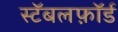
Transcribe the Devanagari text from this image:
स्टॅबलफ़ॉर्ड